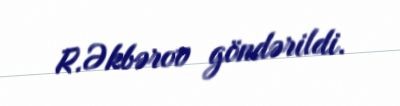
R.Əkbərov göndərildi.